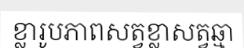
ខ្លារូបភាពសត្វខ្លាសត្វឆ្មា